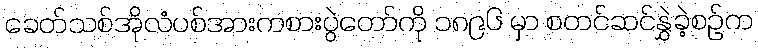
ခေတ်သစ်အိုလံပစ်အားကစားပွဲတော်ကို ၁၈၉၆ မှာ စတင်ဆင်နွှဲခဲ့စဉ်က